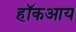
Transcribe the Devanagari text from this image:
हॉकआय